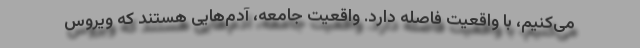
می‌کنیم، با واقعیت فاصله دارد. واقعیت جامعه، آدم‌هایی هستند که ویروس